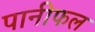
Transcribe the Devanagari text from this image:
पानीफल